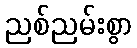
ညစ်ညမ်းစွာ